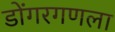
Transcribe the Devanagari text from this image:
डोंगरगणला